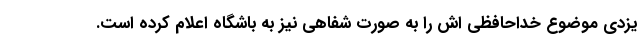
یزدی موضوع خداحافظی اش را به صورت شفاهی نیز به باشگاه اعلام کرده است.